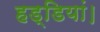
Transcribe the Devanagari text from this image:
हड्डियां।